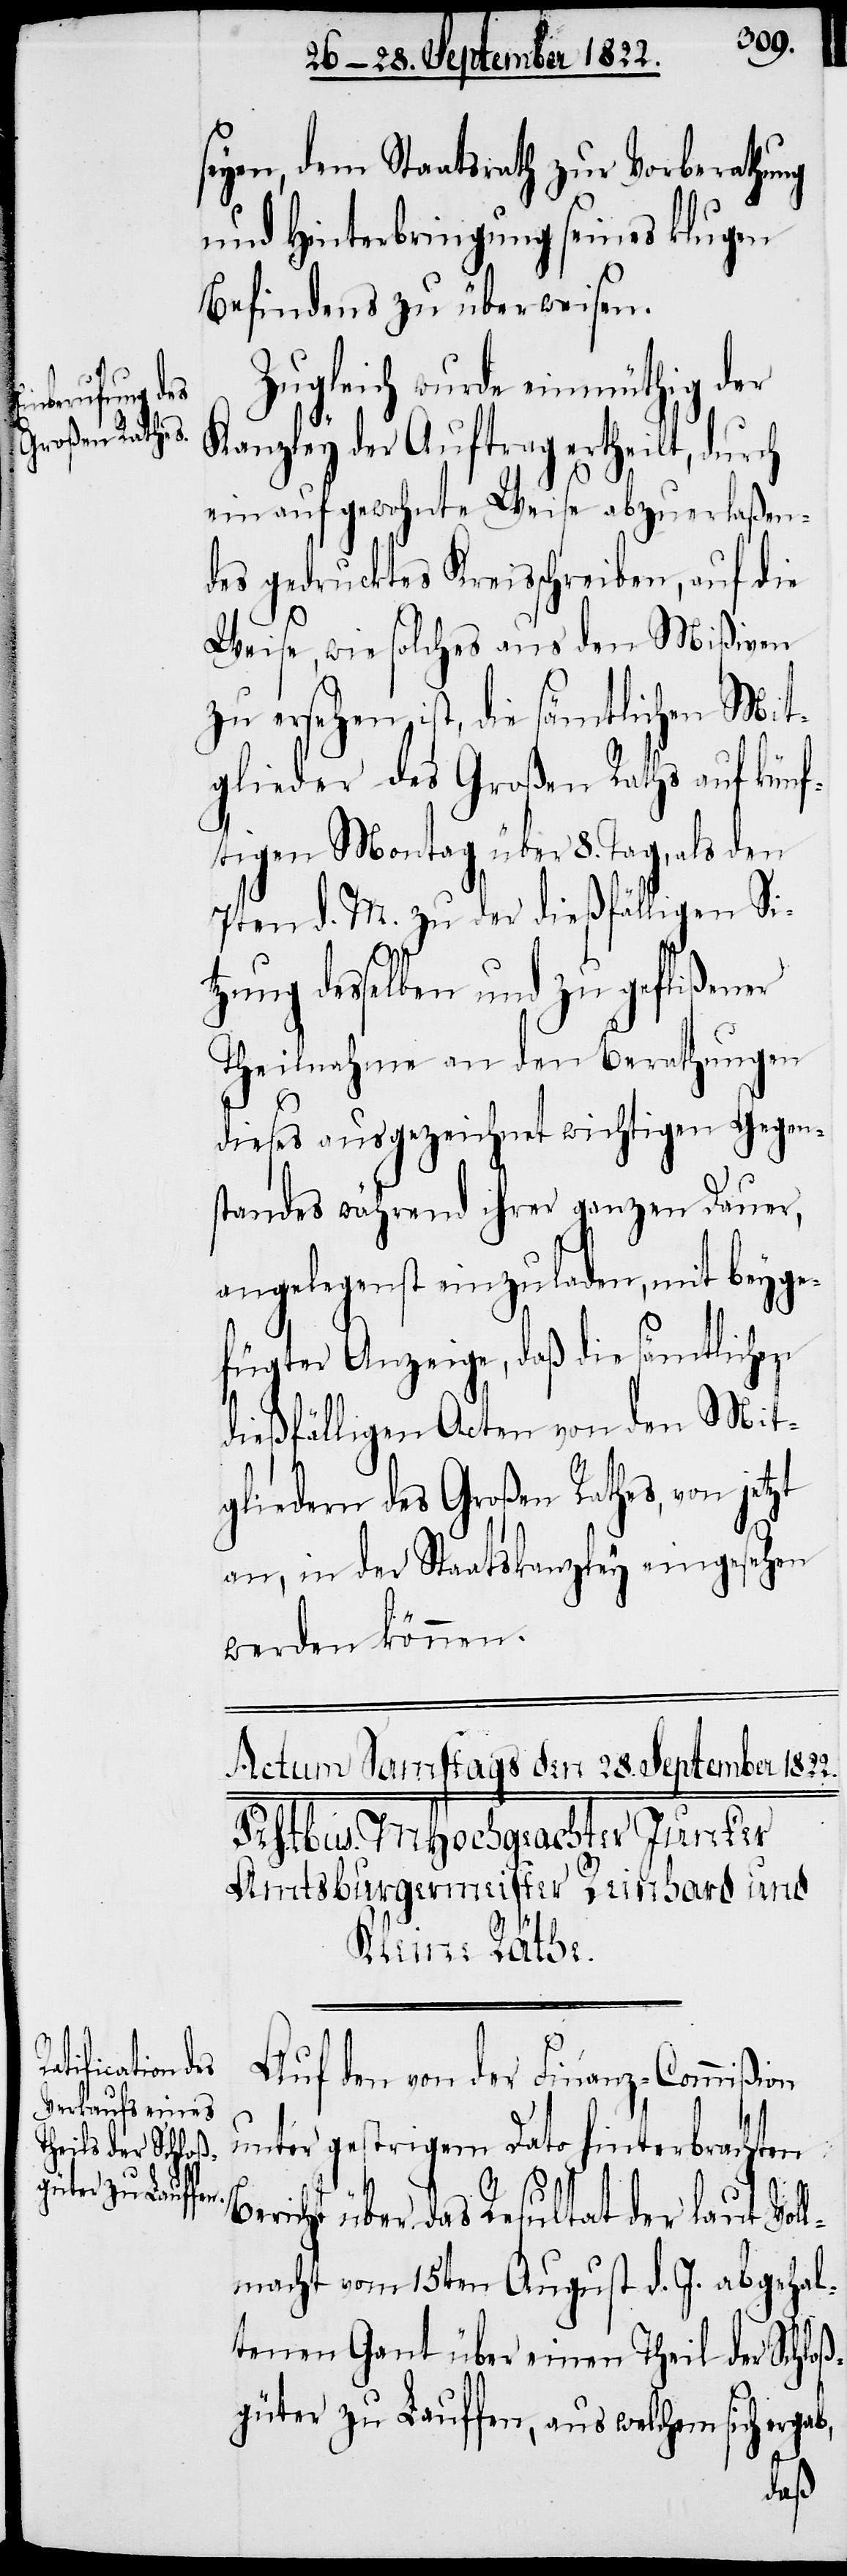
seyen, dem Staatsrath zur Vorberathung
und Hinterbringung seines klugen
Befindens zu überweisen.
Zugleich wurde einmüthig der
Kanzley der Auftrag ertheilt, dur¬
ein auf gewohnte Weise abzuerlaßen¬
des gedrucktes Kreisschreiben, auf die
Weise, wie solche aus den Mißiven
zu ersehen ist, die sämtlichen Mit¬
glieder des Großen Raths auf künf¬
tigen Montag über 8. Tag, als den
7ten d. M. zu der dießfälligen Si¬
tzung desselben und zu geflißener
Theilnahme an den Berathungen
dieses ausgezeichnet wichtigen Gegen¬
standes während ihrer ganzen Dauer,
b,
angelegenst einzuladen, mit beyge¬
fügter Anzeige, daß die sämtlichen
dießfälligen Acten von den Mit¬
gliedern des Großen Rathes, von jetzt
an, in der Staatskanzley eingesehen
werden können.
Auf den von der Finanz-Commißion
unter gestrigem Dato hinterbrachten
Bericht über das Resultat der laut Vol¬
lmacht vom 15ten August d. J. abgehal¬
tenen Gant über einen Theil der Schloß¬
güter zu Lauffen, aus welchem sich erga¬